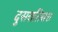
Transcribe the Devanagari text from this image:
दुसरातिसरा